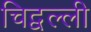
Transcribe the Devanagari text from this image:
चिद्वल्ली